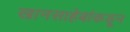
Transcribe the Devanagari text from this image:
खानसाहेबांकडून